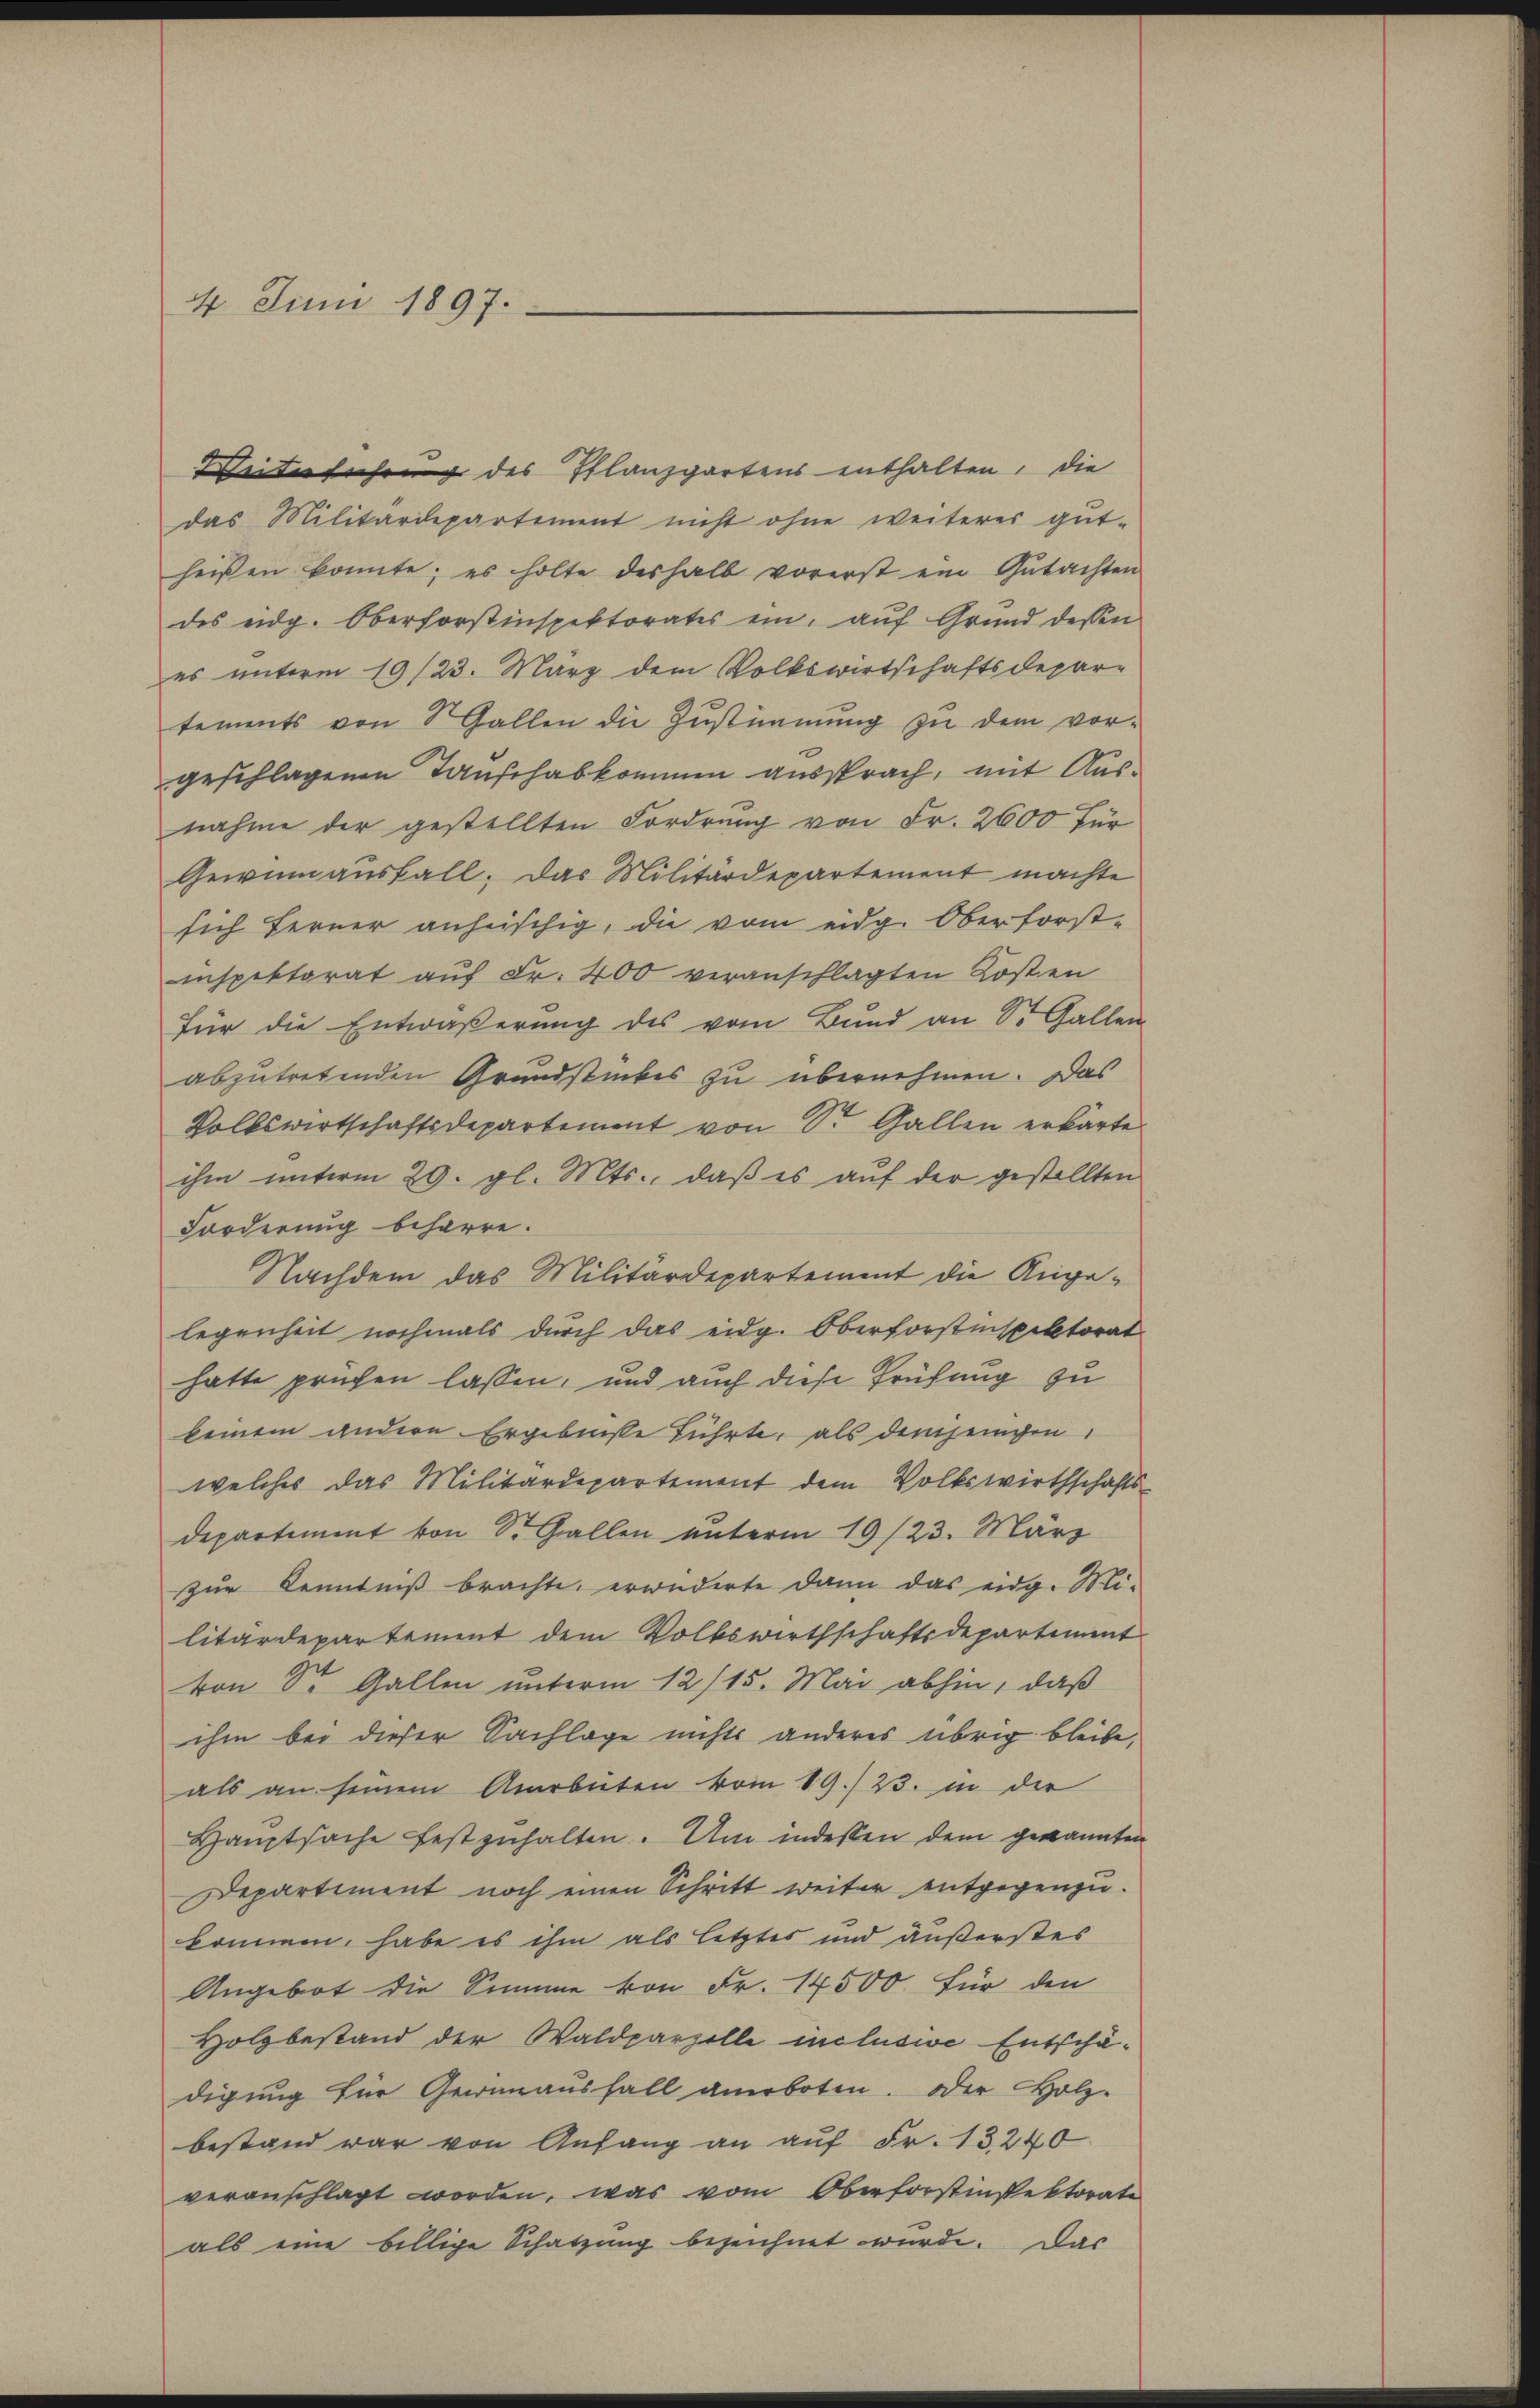
4. Juni 1897.

Weiterführung des Pflanzgartens enthalten, die
das Militärdepartement nicht ohne weiterer gut-
heißen konnte; es holte deshalb vorerst ein Gŭtachten
des eidg. Oberforstinspektorates ein, aŭf Grŭnd dessen
es unterm 19/23. März dem Volkswirtschaftsdepar-
tements von Gallen die Zustimmung zu dem vor-
geschlagenen Tauschabkommen aussprach, mit Ausnahme der gestellten Forderung von Fr. 2600 für
Gewinnaŭsfall. Das Militärdepartement machte
sich ferner anheischig, die vom eidg. Oberforst-
inspektorat aŭf Fr. 400 veranschlagten Kosten
für die Entwäβerŭng des vom Bund an Sr. Gallen
abzutretenden Grundstückes zu übernehmen. Das
Volkswirtschaftsdepartement von Sr. Gallen erkärte
ihm unterm 29. gl. Mts., daß es auf der gestellten
Forderung beharre.
Nachdem das Militärdepartement die Angelegenheit nochmals durch das eidg. Oberforstinspektorat
hatte prüfen lassen, und auch diese Prüfung zu
beinem andere Ergebnisse führte, als demjenigen,
welches das Militärdepartement dem Volkswirthschafts-
departiment von Sr. Gallen unterm 19/23. März
zur Kenntniß brachte, erwiderte dann das eidg. Mi-
litärdepartement dem Volkswirthschaftsdepartiment
von Sr. Gallen unterm 12/15. Mai abhin, daß
ihm bei dieser Sachlage nichts anderes übrig bleibe,
als an seinem Arbeiten vom 19./23. in der
Hauptsache festzuhalten. Um indessen dem gekannten
Departiment noch einen Schritt weiter entgegenzu-
können, habe es ihm als letztes und äußerstes
Angebot die Summe von Fr. 14500 für den
Holzbestand der Waldparzelle inclusive Entschä-
digung für Gewanausfall anerboten. Der Holz-
bestand war von Anfang an auf Fr. 13,240
veranschlagt worden, was vom Oberforstinspektorate
als eine billige Schatzung bezeichnet wurde. Das